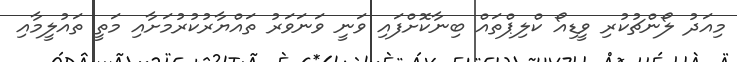
މިއަދު ލޯންޗުކުރި ވީޑިއޯ ކްލިޕްތައް ބިނާކޮށްފައި ވަނީ ވަނަވަރު ތައްޔާރުކުރުމަށާއި މަތީ ތައުލީމާއި